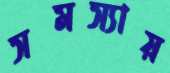
সমস্যায়